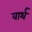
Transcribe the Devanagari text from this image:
वार्थ